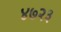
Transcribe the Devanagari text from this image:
४७२३